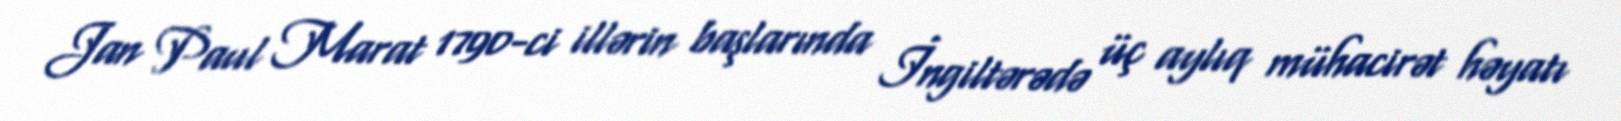
Jan Paul Marat 1790-ci illərin başlarında İngiltərədə üç aylıq mühacirət həyatı